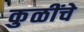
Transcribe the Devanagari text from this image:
कुळींचे